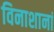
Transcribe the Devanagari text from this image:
विनाशानां